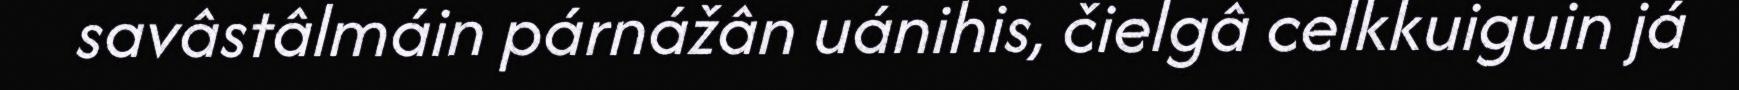
savâstâlmáin párnážân uánihis, čielgâ celkkuiguin já